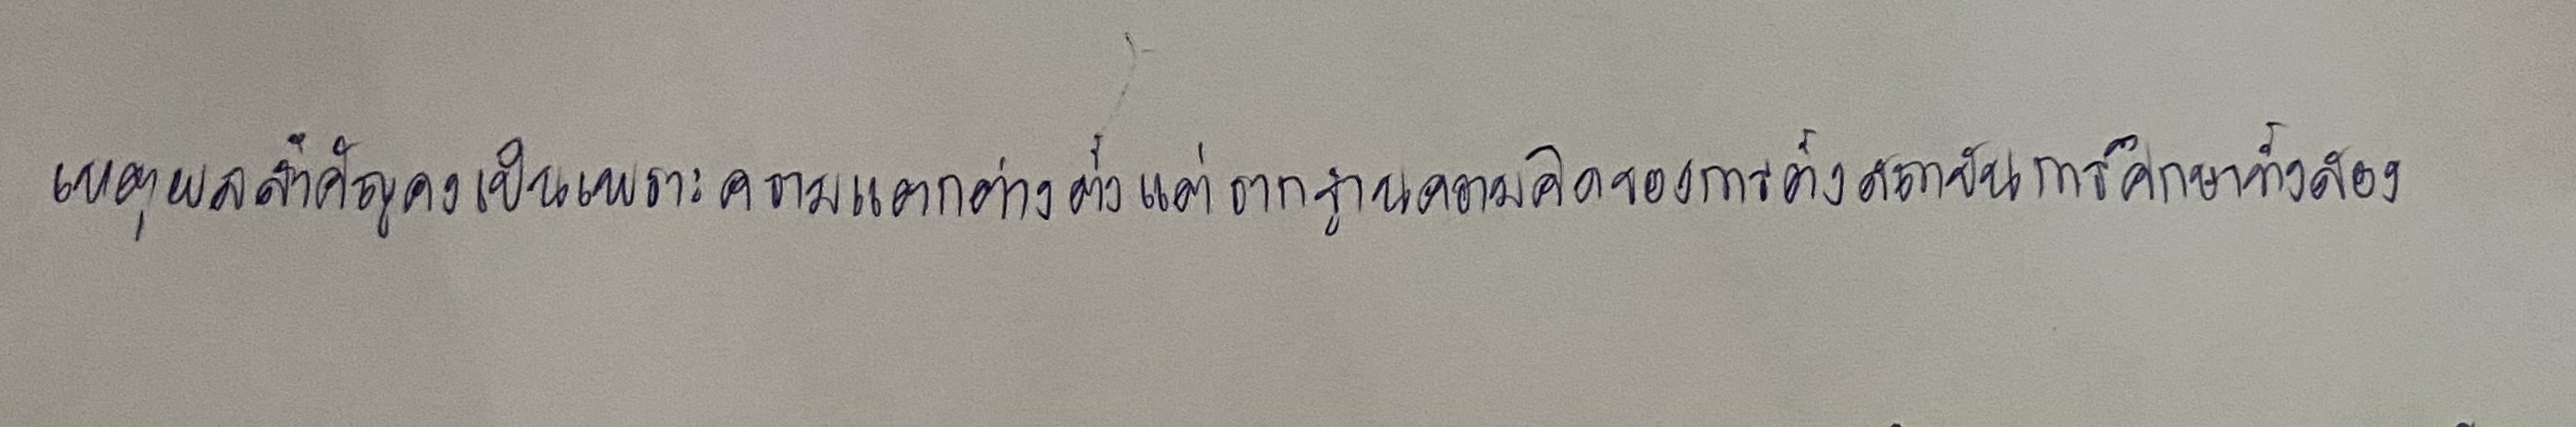
เหตุผลสำคัญคงเป็นเพราะความแตกต่างตั้งแต่รากฐานความคิดของการตั้งสถาบันการศึกษาทั้งสอง.